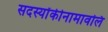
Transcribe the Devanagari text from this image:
सदस्योंकीनामावलि